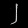
Digit: ၂